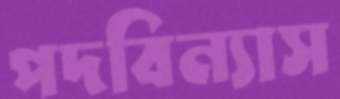
পদবিন্যাস